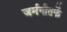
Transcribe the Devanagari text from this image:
जर्मनीतर्फे